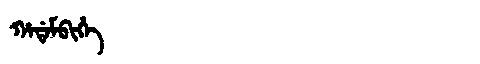
Manchu: ᡥᠠᡩᠠᠮᠪᡳᡥᡝ
Romanization: HADAMBIHE